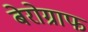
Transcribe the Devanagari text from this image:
बेरोग्राफ